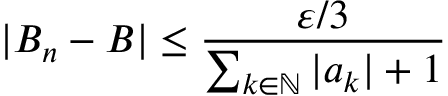
| B _ { n } - B | \leq { \frac { \varepsilon / 3 } { \sum _ { k \in { \mathbb { N } } } | a _ { k } | + 1 } }